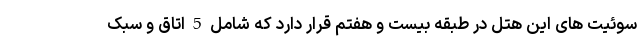
سوئیت های این هتل در طبقه بیست و هفتم قرار دارد که شامل 5 اتاق و سبک